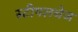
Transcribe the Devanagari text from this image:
स्टीपलचेज